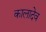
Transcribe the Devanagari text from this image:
कालादेव